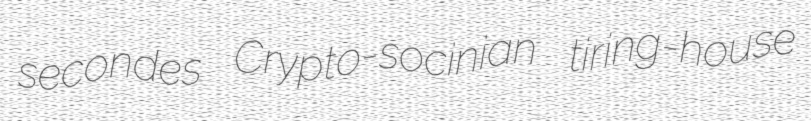
secondes Crypto-socinian tiring-house